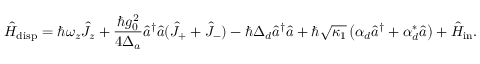
\hat { H } _ { \mathrm { d i s p } } = \hbar \omega _ { z } \hat { J } _ { z } + \frac { \hbar g _ { 0 } ^ { 2 } } { 4 \Delta _ { a } } \hat { a } ^ { \dagger } \hat { a } ( \hat { J } _ { + } + \hat { J } _ { - } ) - \hbar \Delta _ { d } \hat { a } ^ { \dagger } \hat { a } + \hbar \sqrt { \kappa _ { 1 } } \left( \alpha _ { d } \hat { a } ^ { \dagger } + \alpha _ { d } ^ { * } \hat { a } \right) + \hat { H } _ { \mathrm { i n } } .